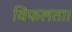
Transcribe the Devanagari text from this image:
विफलता।